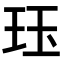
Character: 珏